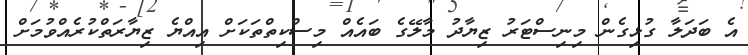
އެ ބަދަލާ ގުޅިގެން މިނިސްޓަރު ޒިޔާދު މާލޭގެ ބައެއް މިސްކިތްތަކަށް އިއްޔެ ޒިޔާރަތްކުރެއްވުމަށް